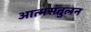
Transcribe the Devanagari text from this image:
आत्मसंतुलन